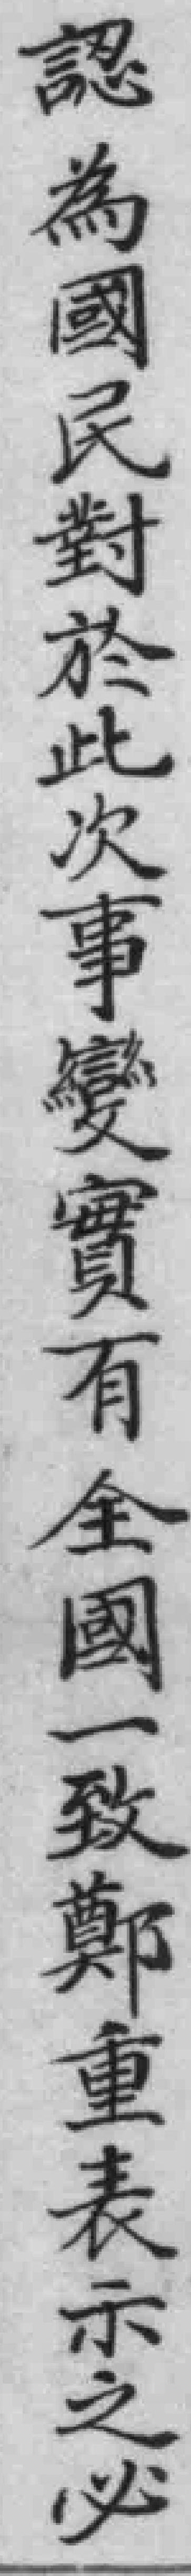
認為國民對於此次事變實有全國一致鄭重表示之必